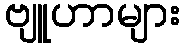
ဗျူဟာများ